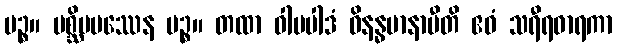
ပဉ္စ။ ပစ္ဆိမပဿေန ပဉ္စ။ တထာ ဝါမပါဒံ ဝိနန္ဓမာနာပီတိ ဧဝံ သရီရဓာရကာ